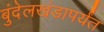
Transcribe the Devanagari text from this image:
बुंदेलखंडापर्यंत